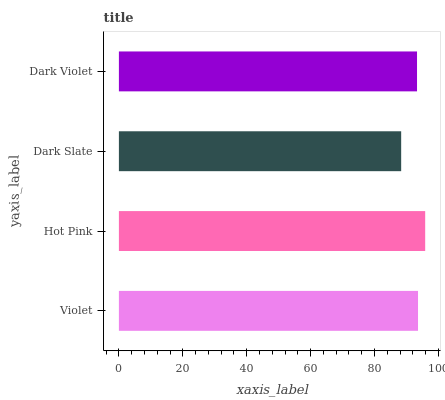
| yaxis_label | bars |
 | --- | --- |
 | Violet | 93.6 |
 | Hot Pink | 95.9 |
 | Dark Slate | 88.4 |
 | Dark Violet | 93.3 |